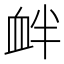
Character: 衅